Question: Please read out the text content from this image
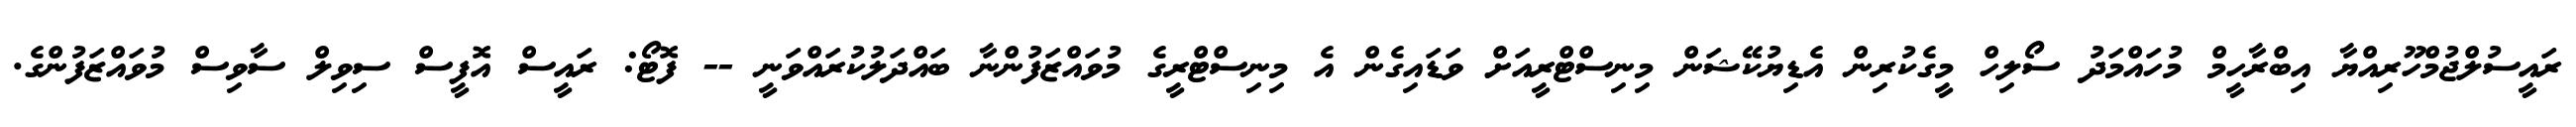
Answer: ރައީސުލްޖުމްހޫރިއްޔާ އިބްރާހީމް މުހައްމަދު ސޯލިހް މީގެކުރިން އެޑިޔުކޭޝަން މިނިސްޓްރީއަށް ވަޑައިގެން އެ މިނިސްޓްރީގެ މުވައްޒަފުންނާ ބައްދަލުކުރައްވަނީ -- ފޮޓޯ: ރައީސް އޮފީސް ސިވިލް ސާވިސް މުވައްޒަފުންގެ.